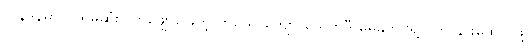
လန်ဒန်မှာ ပထမဆုံး လာဖျော်ဖြေတဲ့ တယောကျော် ယေဟူဒီ မေနုဟင်ရဲ့ ပွဲကို နားထောင်ဖို့